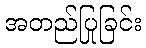
အတည်ပြုခြင်း